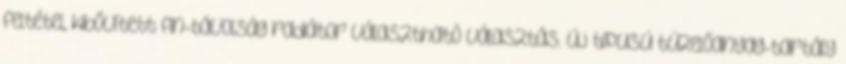
feltétel, kibővített fin-távolság radiátor választható választás. Új típusú tüzelőanyag-tartály